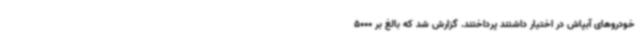
خودروهای آبپاش در اختیار داشتند پرداختند. گزارش شد که بالغ بر 5000